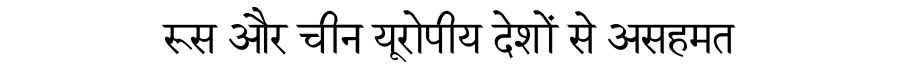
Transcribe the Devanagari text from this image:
रूस और चीन यूरोपीय देशों से असहमत